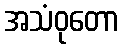
အသံဝုတော